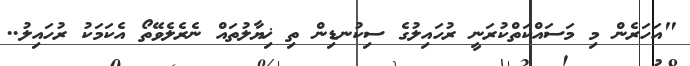
"އަހަރެން މި މަސައްކަތްކުރަނީ ރުހައިލުގެ ސިކުނޑިން ތި ޚިޔާލުތައް ނެރެލެވޭތޯ އެކަމަކު ރުހައިލު..